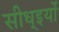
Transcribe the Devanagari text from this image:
सीध्इयों